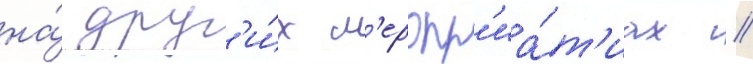
на́ друг'и́х м'еропр'иа́т'иах //